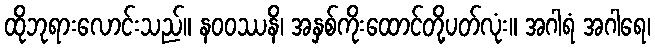
ထိုဘုရားလောင်းသည်။ နဝဝဿနိ၊ အနှစ်ကိုးထောင်တို့ပတ်လုံး။ အဂါရံ အဂါရေ၊